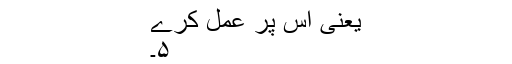
یعنی اس پر عمل کرے
۵۔